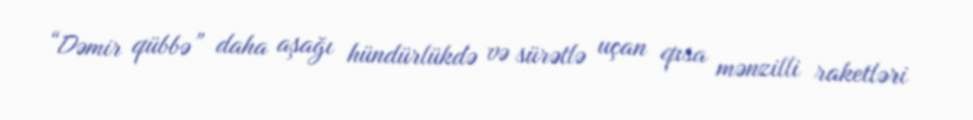
“Dəmir qübbə” daha aşağı hündürlükdə və sürətlə uçan qısa mənzilli raketləri